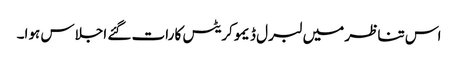
اس تناظر میں لبرل ڈیمو کریٹس کا رات گئے اجلاس ہوا۔